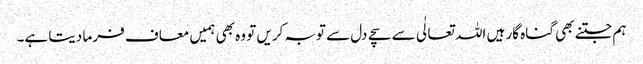
ہم جتنے بھی گناہ گار ہیں اللہ تعالٰی سے سچے دل سے توبہ کریں تو وہ بھی ہمیں معاف فر ما دیتا ہے۔